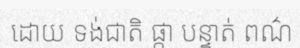
ដោយ ទង់ជាតិ ផ្កា បន្ទាត់ ពណ៌